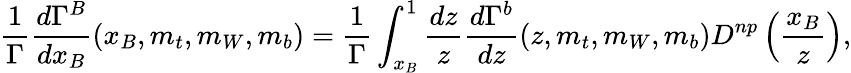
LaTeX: {\frac{1}{\Gamma}}{\frac{d\Gamma^{B}}{dx_{B}}}(x_{B},m_{t},m_{W},m_{b})={\frac{1}{\Gamma}}\int_{x_{B}}^{1}{{\frac{dz}{z}}{\frac{d\Gamma^{b}}{dz}}(z,m_{t},m_{W},m_{b})D^{np}\left({\frac{x_{B}}{z}}\right)},